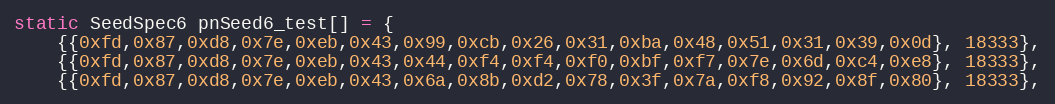
Language: C
static SeedSpec6 pnSeed6_test[] = {
    {{0xfd,0x87,0xd8,0x7e,0xeb,0x43,0x99,0xcb,0x26,0x31,0xba,0x48,0x51,0x31,0x39,0x0d}, 18333},
    {{0xfd,0x87,0xd8,0x7e,0xeb,0x43,0x44,0xf4,0xf4,0xf0,0xbf,0xf7,0x7e,0x6d,0xc4,0xe8}, 18333},
    {{0xfd,0x87,0xd8,0x7e,0xeb,0x43,0x6a,0x8b,0xd2,0x78,0x3f,0x7a,0xf8,0x92,0x8f,0x80}, 18333},